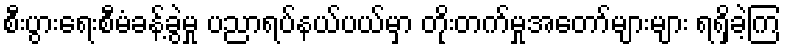
စီးပွားရေးစီမံခန့်ခွဲမှု ပညာရပ်နယ်ပယ်မှာ တိုးတက်မှုအတော်များများ ရရှိခဲ့ကြ